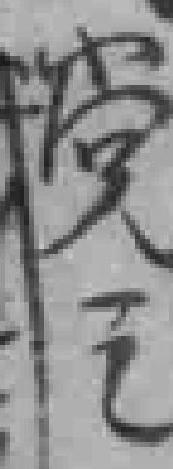
党之